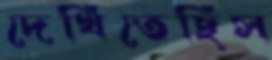
দেখিতেছিস